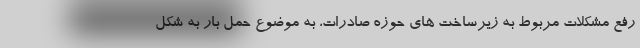
رفع مشکلات مربوط به زیرساخت های حوزه صادرات، به موضوع حمل بار به شکل